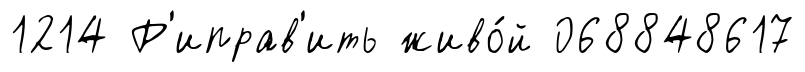
1214 Р'иправ'ить живо́й 068848617